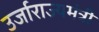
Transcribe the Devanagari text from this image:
उर्जाराज्यमंत्री